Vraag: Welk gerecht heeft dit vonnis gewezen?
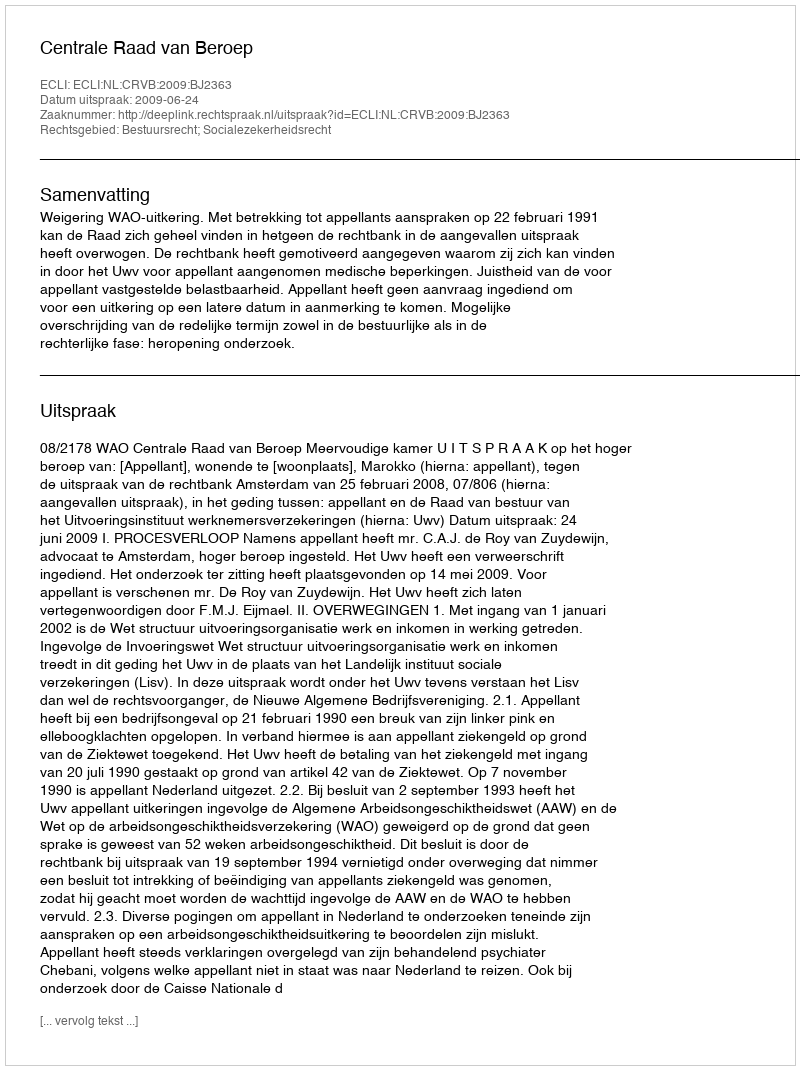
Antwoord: Centrale Raad van Beroep